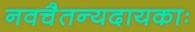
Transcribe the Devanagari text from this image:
नवचैतन्यदायकाः